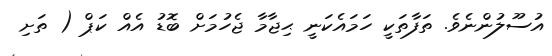
އުސޫލުންނެވެ. ތަފާތަކީ ހަމައެކަނީ ޙިޖާމާ ޖެހުމަށް ބޮޑު އެއް ކަޕް ( ތަށި